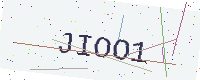
Text: JIOO1